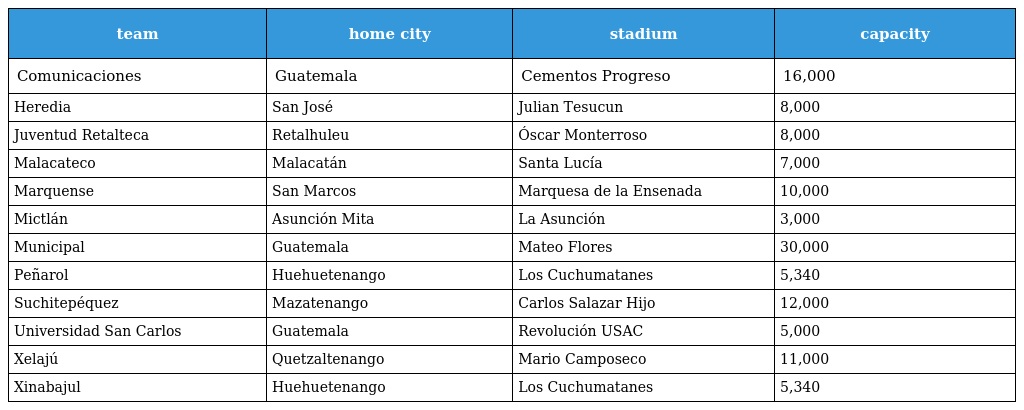
| team | home city | stadium | capacity |
 | --- | --- | --- | --- |
 | Comunicaciones | Guatemala | Cementos Progreso | 16,000 |
 | Heredia | San José | Julian Tesucun | 8,000 |
 | Juventud Retalteca | Retalhuleu | Óscar Monterroso | 8,000 |
 | Malacateco | Malacatán | Santa Lucía | 7,000 |
 | Marquense | San Marcos | Marquesa de la Ensenada | 10,000 |
 | Mictlán | Asunción Mita | La Asunción | 3,000 |
 | Municipal | Guatemala | Mateo Flores | 30,000 |
 | Peñarol | Huehuetenango | Los Cuchumatanes | 5,340 |
 | Suchitepéquez | Mazatenango | Carlos Salazar Hijo | 12,000 |
 | Universidad San Carlos | Guatemala | Revolución USAC | 5,000 |
 | Xelajú | Quetzaltenango | Mario Camposeco | 11,000 |
 | Xinabajul | Huehuetenango | Los Cuchumatanes | 5,340 |